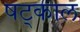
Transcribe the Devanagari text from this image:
षट्काल